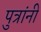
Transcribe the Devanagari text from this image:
पुत्रांनीं